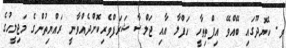
ވ. ކެޔޮދޫގައި ބޭއްވޭ އިފްތިތާހީ ހަފްލާ އާއި ޖަލްސާ ޝަރަފްވެރިކޮށްދެއްވާނީ ރައްޔިތުންގެ މަޖިލީހުގެ